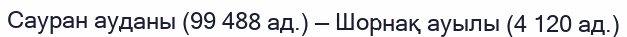
Сауран ауданы (99 488 ад.) — Шорнақ ауылы (4 120 ад.)